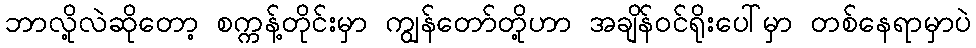
ဘာလို့လဲဆိုတော့ စက္ကန့်တိုင်းမှာ ကျွန်တော်တို့ဟာ အချိန်ဝင်ရိုးပေါ်မှာ တစ်နေရာမှာပဲ